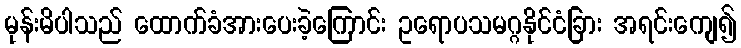
မုန်းမိပါသည် ထောက်ခံအားပေးခဲ့ကြောင်း ဥရောပသမဂ္ဂနိုင်ငံခြား အရင်းကျေ၍